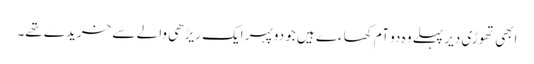
ابھی تھوڑی دیر پہلے وہ دو آم کھاءے ہیں جو دوپہر ایک ریڑھی والے سے خریدے تھے۔